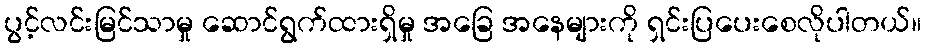
ပွင့်လင်းမြင်သာမှု ဆောင်ရွက်ထားရှိမှု အခြေ အနေများကို ရှင်းပြပေးစေလိုပါတယ်။